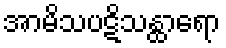
အာမိသပဋိသန္ထာရော